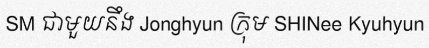
SM ជាមួយនឹង Jonghyun ក្រុម SHINee Kyuhyun